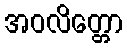
အဝလိတ္တော